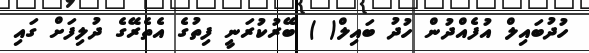
ހުދުބައިލް އުފެއްދުން ހުދު ބައިލް( ) ބޭރުކުރަނީ ފިތުގެ އެތެރޭގެ ދުލިފަށް ގައި